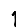
Digit: 1